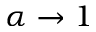
\alpha \to 1